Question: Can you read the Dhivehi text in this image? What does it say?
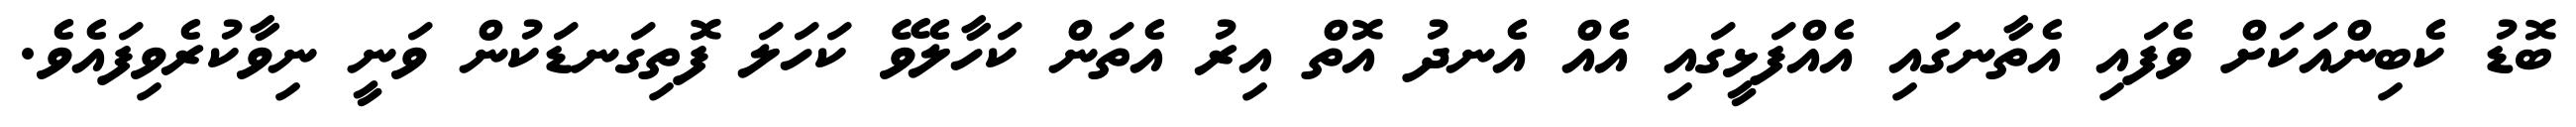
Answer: ބޮޑު ކެބިންއަކަށް ވެފައި އެތާނގައި އެއްފަޅީގައި އެއް އެނދު އޮތް އިރު އެތަން ކަހާލެވޭ ކަހަލަ ފޮތިގަނޑަކުން ވަނީ ނިވާކުރެވިފައެވެ.